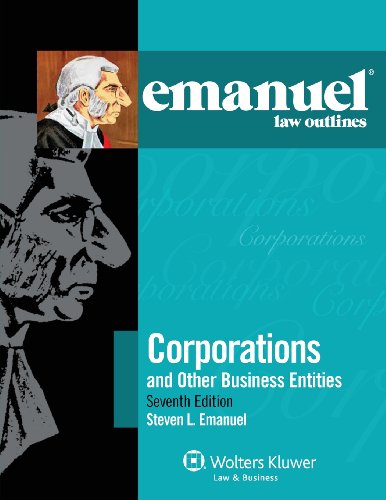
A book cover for Emanuel Law Outlines: Corporations and Other Business Entities, Seventh Edition; Steven L. Emanuel; Law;